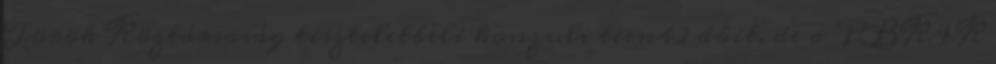
Török Köztársaság tiszteletbeli konzuli teen42 dôit, de a PBKIK